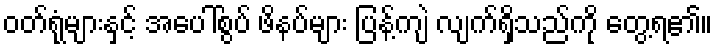
ဝတ်ရုံများနှင့် အပေါ်စွပ် ဖိနပ်များ ပြန့်ကျဲ လျက်ရှိသည်ကို တွေ့ရ၏။